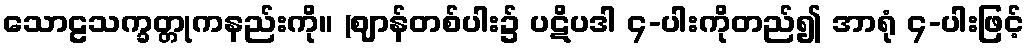
သောဠသက္ခတ္တုကနည်းကို။ (ဈာန်တစ်ပါး၌ ပဋိပဒါ ၄-ပါးကိုတည်၍ အာရုံ ၄-ပါးဖြင့်